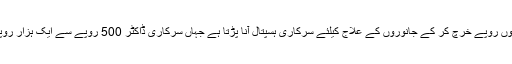
انہوں نے کہا کہ ہر یونین کونسل میں مال مویشیوں کی ڈسپنسری قائم کی جائے کیونکہ کسانوں کو ہزاروں روپے خرچ کر کے جانوروں کے علاج کیلئے سرکاری ہسپتال آنا پڑتا ہے جہاں سرکاری ڈاکٹر 500 روپے سے ایک ہزار روپے معائنہ کیلئے لیتے ہیں، کسانوں کو لائیو سٹاک، کھاد اور زرعی ادویات میں سبسڈی فراہم کی جائے۔